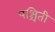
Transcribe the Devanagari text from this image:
पश्चिती